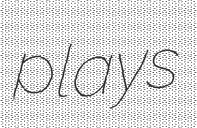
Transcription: plays